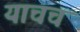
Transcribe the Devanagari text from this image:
याचच